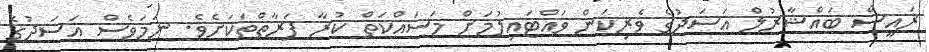
ރައީސް ބައްޝާރުލް އަސަދުގެ ވެރިކަން ވައްޓައިލުމަށް މަސައްކަތް ކުރާ ފަރާތްތަކަށެވެ. ނަމަވެސް އަސަދުގެ